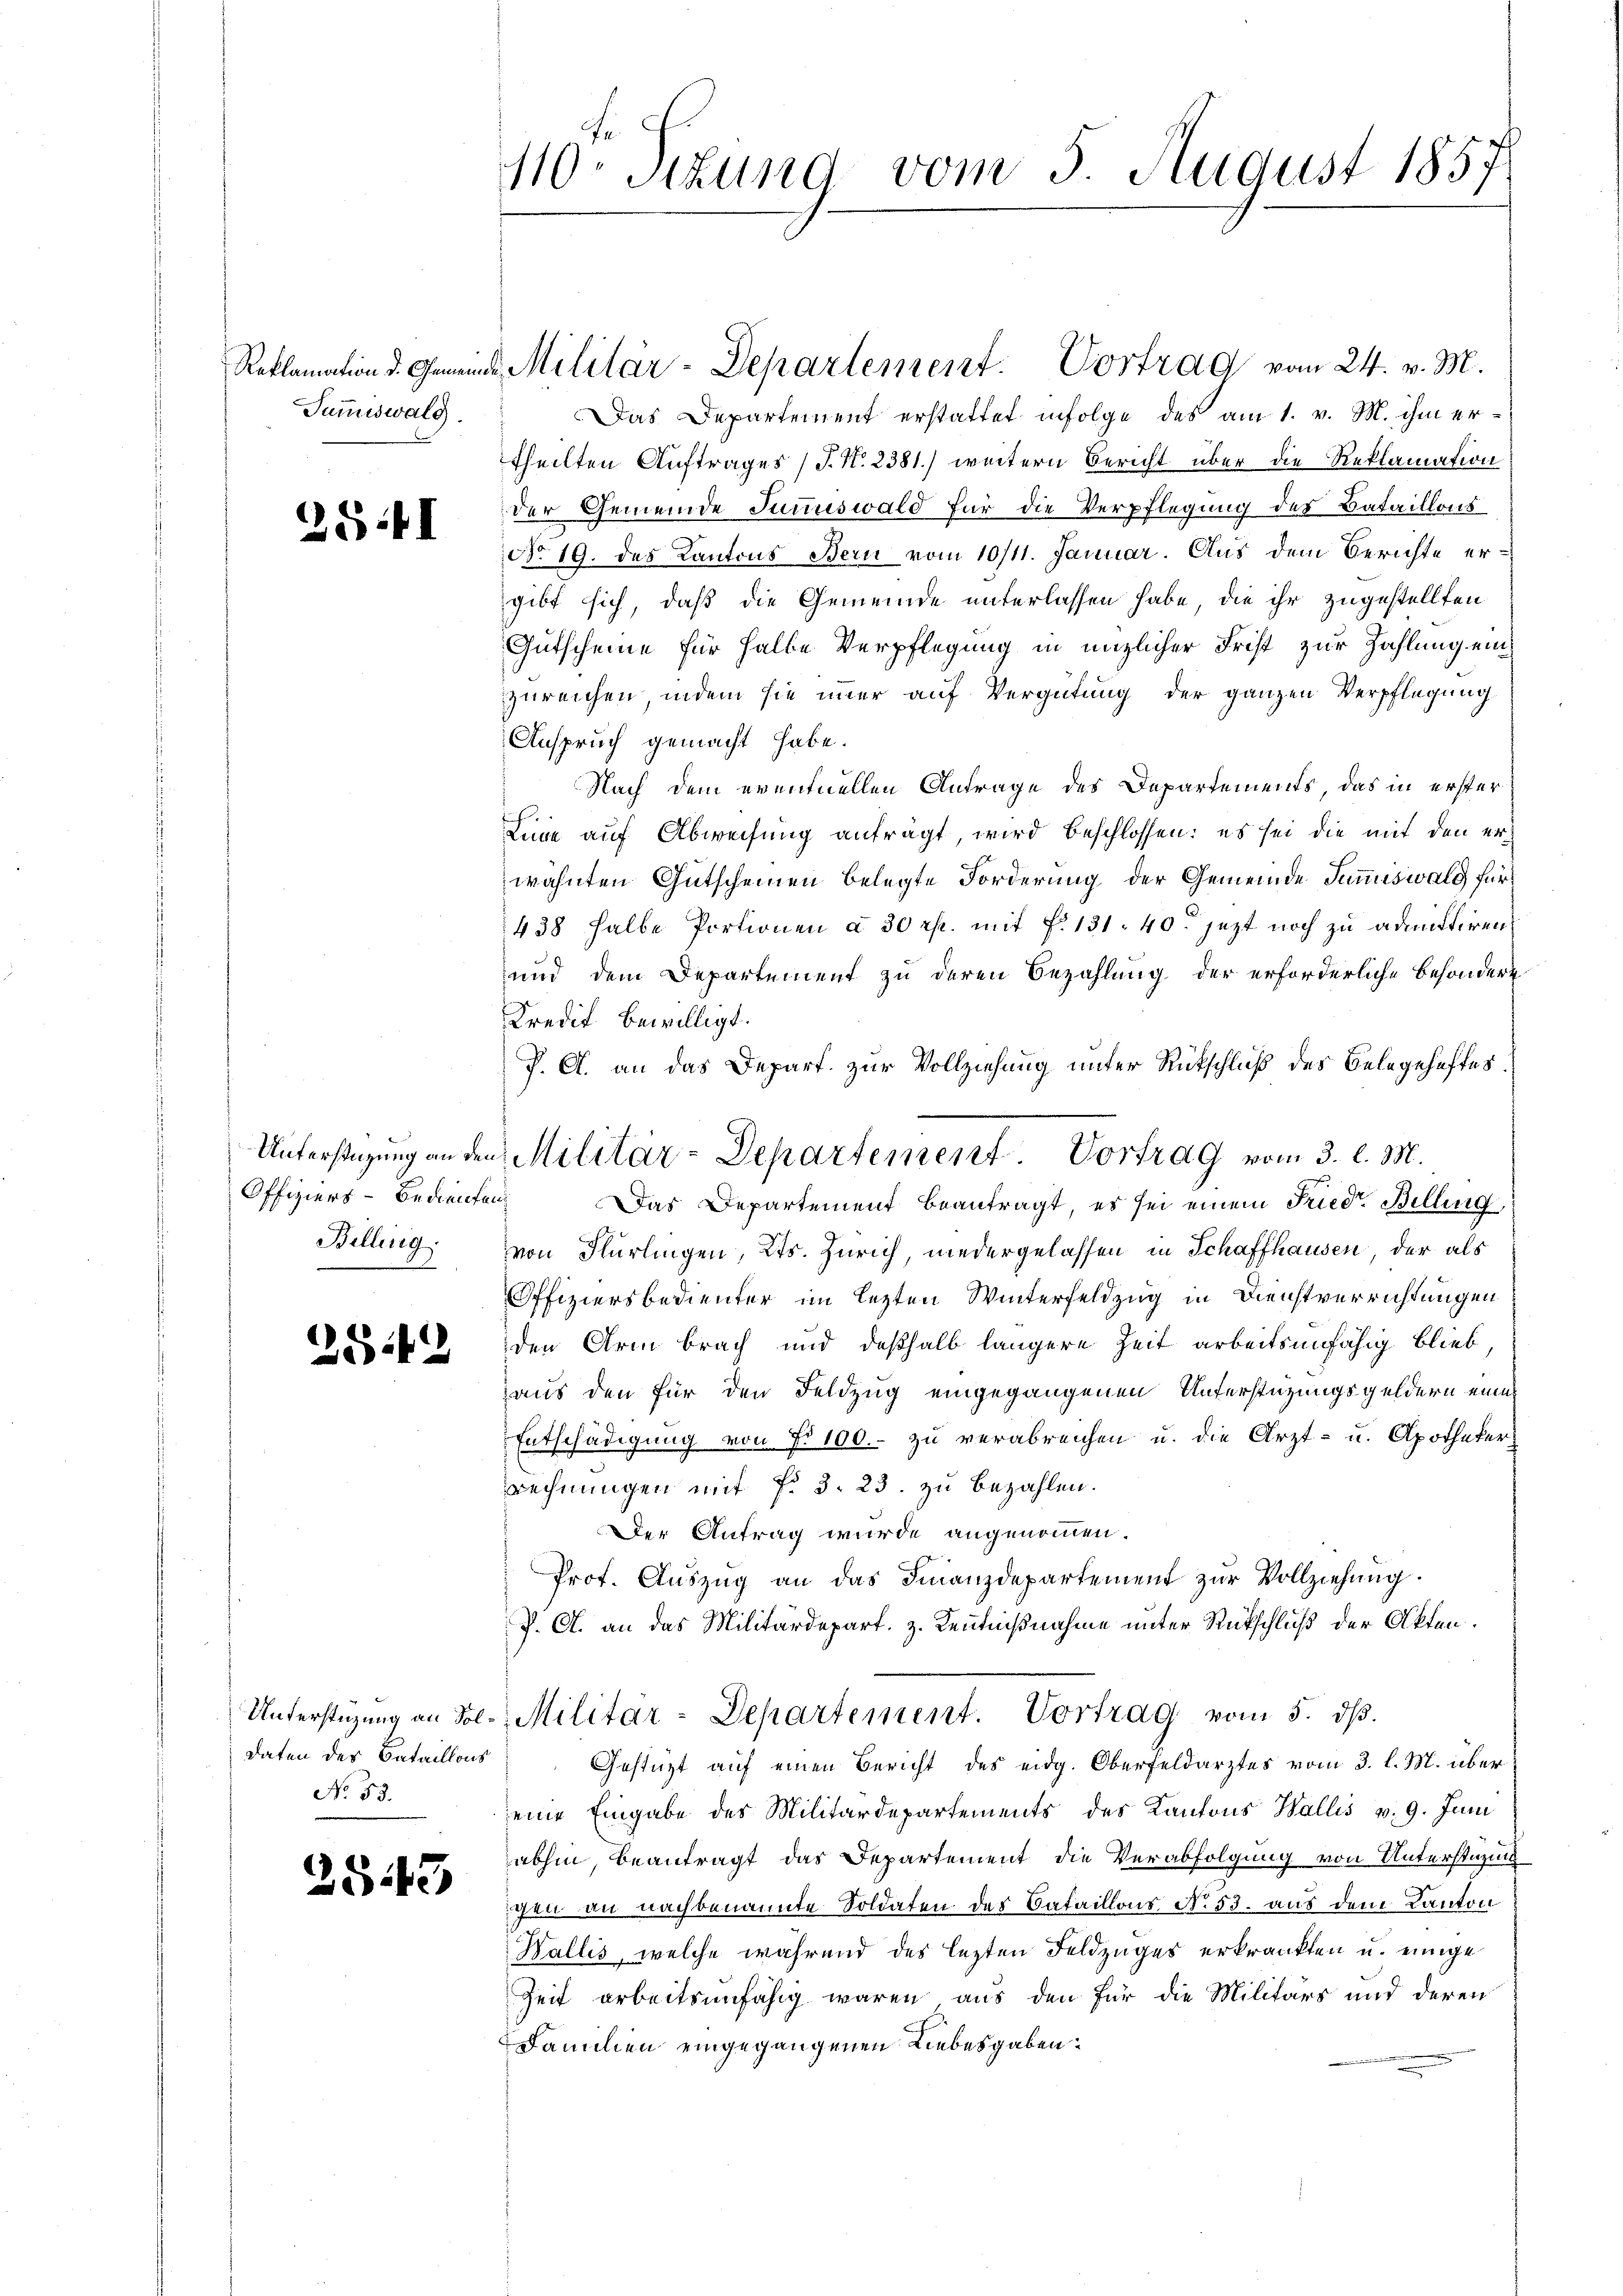
Summiswald.

28:4I

Unterstützung an den
Offiziers-Bedienten
Billing.

2542

Unterstüzung an Sol¬
Daten des Bataillons
No. 53.

543

110. Sitzung vom 5. August 1857

Reklamation d. Gemeinde Militär-Departement. Vortrag vom 24. v. M.

Das Departement erstattet infolge des am 1. v. M. ihm ertheilten Auftrages (T. N. 2381) weitern Bericht über die Reklamation
der Gemeinde Junuswald für die Verpflegung des Bataillons
No 19. des Kantons Bern vom 10/11. Januar. Aus dem Berichte ergibt sich, daß die Gemeinde unterlassen habe, die ihr zugestellten
Gütscheine für halbe Verpflegung in enzlicher Frist zur Zahlung einzureichen, indem sie immer auf Vergütung der ganzen Verpflegung
Anspruch gemacht habe.
Nach dem eventuellen Antrage des Departements, das in erster
Linne auf Abweisung anfrägt, wird beschlossen: es sei die mit den erwähnten Gutscheinen belegte Forderung der Gemeinde Summiswald für
438 halbe Portionen à 30 rp. mit §. 131. 40 jezt noch zu admittiren
und dem Departement zu deren Bezahlung der erforderliche besondere
Kredit bewilligt.
P. A. an das Depart. zur Vollziehung unter Rückschluß des Belegehaftes.
Das Departement beantragt, es sei einem Friedr. Bellung
von Flurlingen, Kts. Zürich, niedergelassen in Schaffhausen, der als
Offiziersbedienter im lezten Winterfeldzug in Dienstverrichtungen
den Arm brach und deßhalb längere Zeit arbeitsunfähig blieb,
aus den für den Feldzug eingegangenen Unterstützungsgeldern eine
Entschädigung von No 100.- zu verabreichen u. die Arzt- u. Apothekerrechnungen mit No 3. 23. zu bezahlen.
Der Antrag wurde angenommen.
Prof. Aŭszŭg an das Finanzdepartement zur Vollziehung.
J. A. an das Militärdepart. z. Kenntnißnahme unter Rückschluß der Akten.
Militar-Departement. Vortrag vom 5. dβ.
Gestüzt auf einen Bericht des eidg. Oberfeldarztes vom 3. l. M. übereine Eingabe des Militärdepartements des Kantons Wallis v. 9. Juni
abhin, beantragt das Departement die Verabfolgung von Unterstüzung
schen an nachbenannte Soldaten des Bataillons No. 53. aus dem Kanton
Wallis, welche während des lezten Feldzuges erkrankten u. einige
Zeit arbeitsunfähig waren aus den für die Militärs und deren
Fammen eingegangenen Liebesgaben¬

Militär-Departement Vortrag vom 3. l. M.